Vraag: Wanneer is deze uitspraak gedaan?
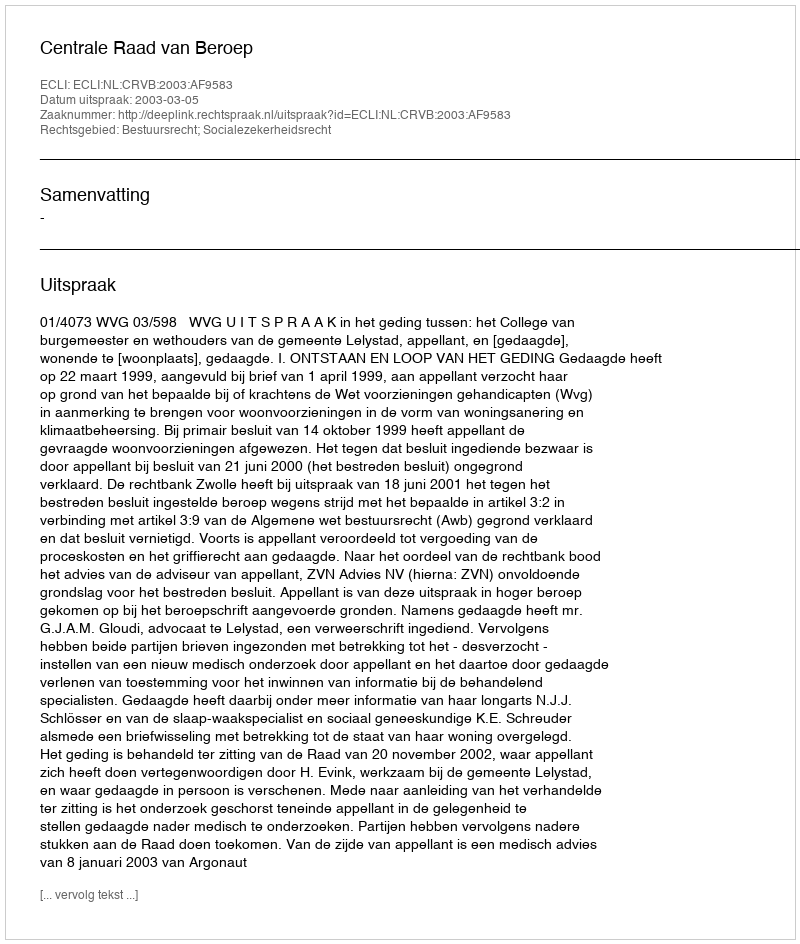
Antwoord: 2003-03-05